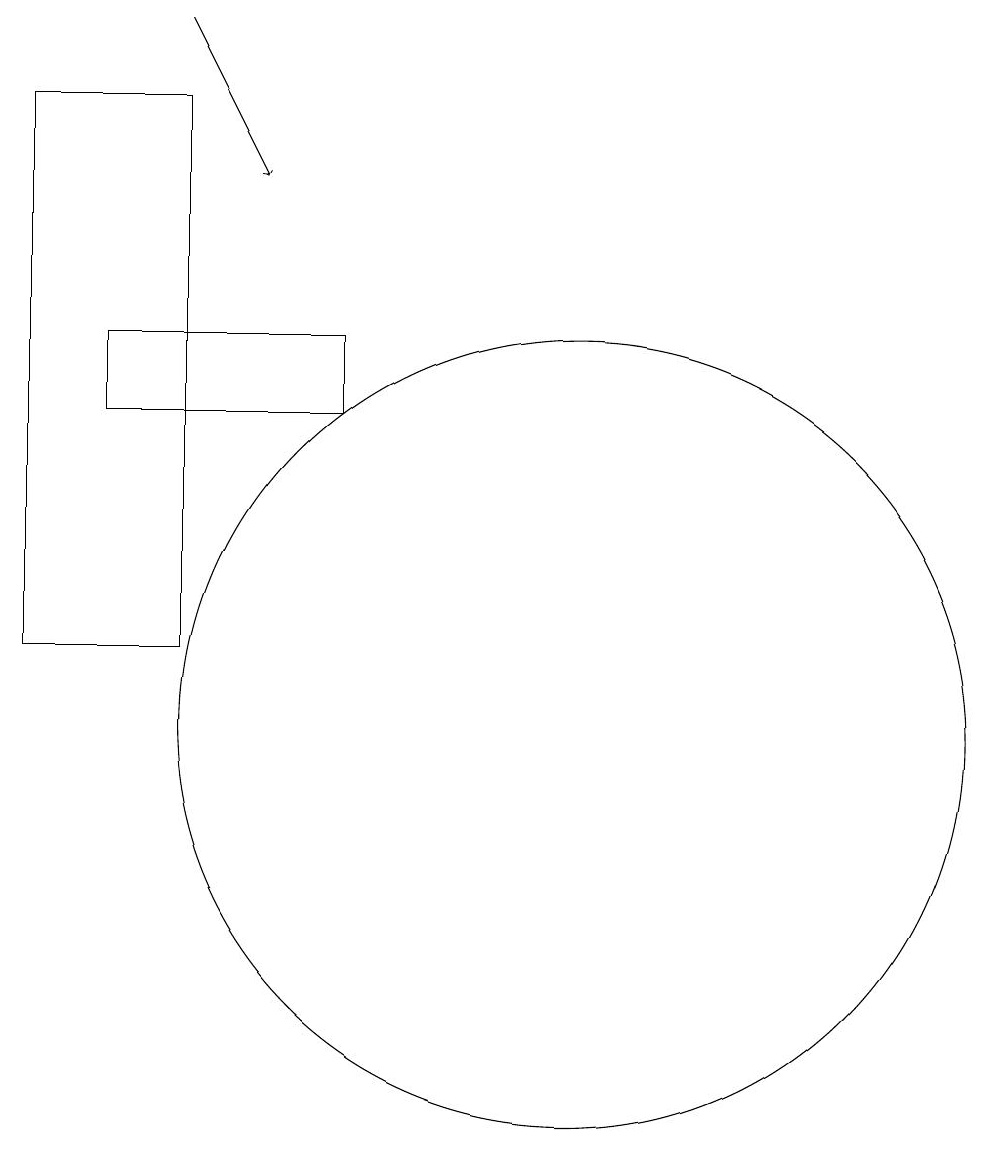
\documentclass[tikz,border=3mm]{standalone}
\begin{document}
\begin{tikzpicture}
\draw (11,10) circle (0);
\draw (10,10) circle (5);
\draw (5,11) rectangle (3,18);
\draw (4,15) rectangle (7,14);
\draw[->] (5,19) -- (6,17);
\draw (12,11) circle (0);
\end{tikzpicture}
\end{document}